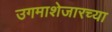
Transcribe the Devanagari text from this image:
उगमाशेजारच्या